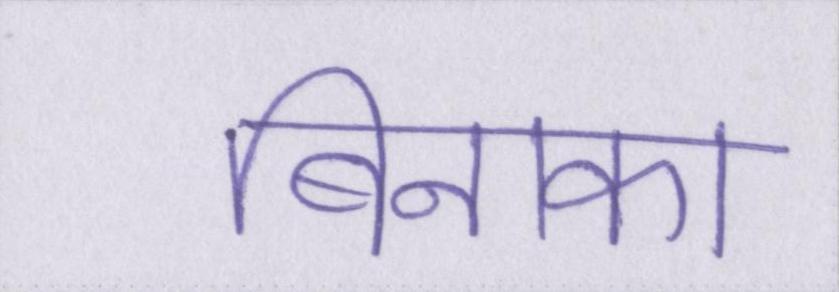
बिनाका